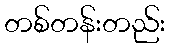
တစ်တန်းတည်း